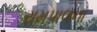
રામપાલના